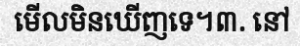
មើលមិនឃើញទេ។៣. នៅ